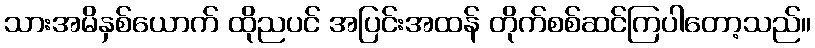
သားအမိနှစ်ယောက် ထိုညပင် အပြင်းအထန် တိုက်စစ်ဆင်ကြပါတော့သည်။